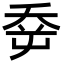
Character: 𡴘